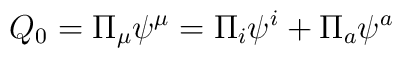
Q_0=\Pi _\mu \psi ^\mu =\Pi _i\psi ^i+\Pi _a\psi ^a